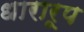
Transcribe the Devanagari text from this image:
धारारूप